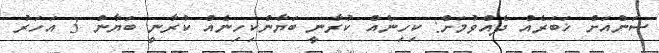
ސަންއަށް ޚަބަރެއް ދެއްވުމަށް: ކިހިނެއް ކުރާނީ ބަޔާންކިހިނެއް ކުރާނީ ބަޔާން 3 އަހަރު